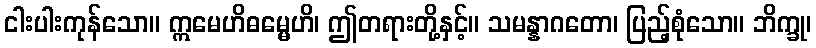
ငါးပါးကုန်သော။ ဣမေဟိဓမ္မေဟိ၊ ဤတရားတို့နှင့်။ သမန္နာဂတော၊ ပြည့်စုံသော။ ဘိက္ခု၊